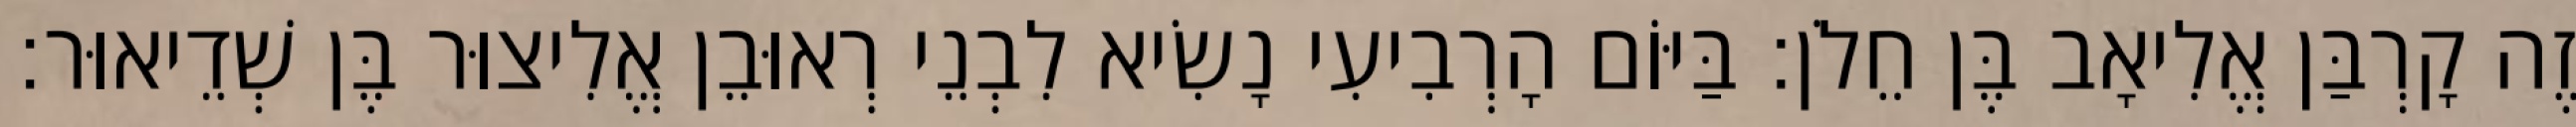
זֶה קָרְבַּן אֱלִיאָב בֶּן חֵלֹן׃ בַּיּוֹם הָרְבִיעִי נָשִׂיא לִבְנֵי רְאוּבֵן אֱלִיצוּר בֶּן שְׁדֵיאוּר׃